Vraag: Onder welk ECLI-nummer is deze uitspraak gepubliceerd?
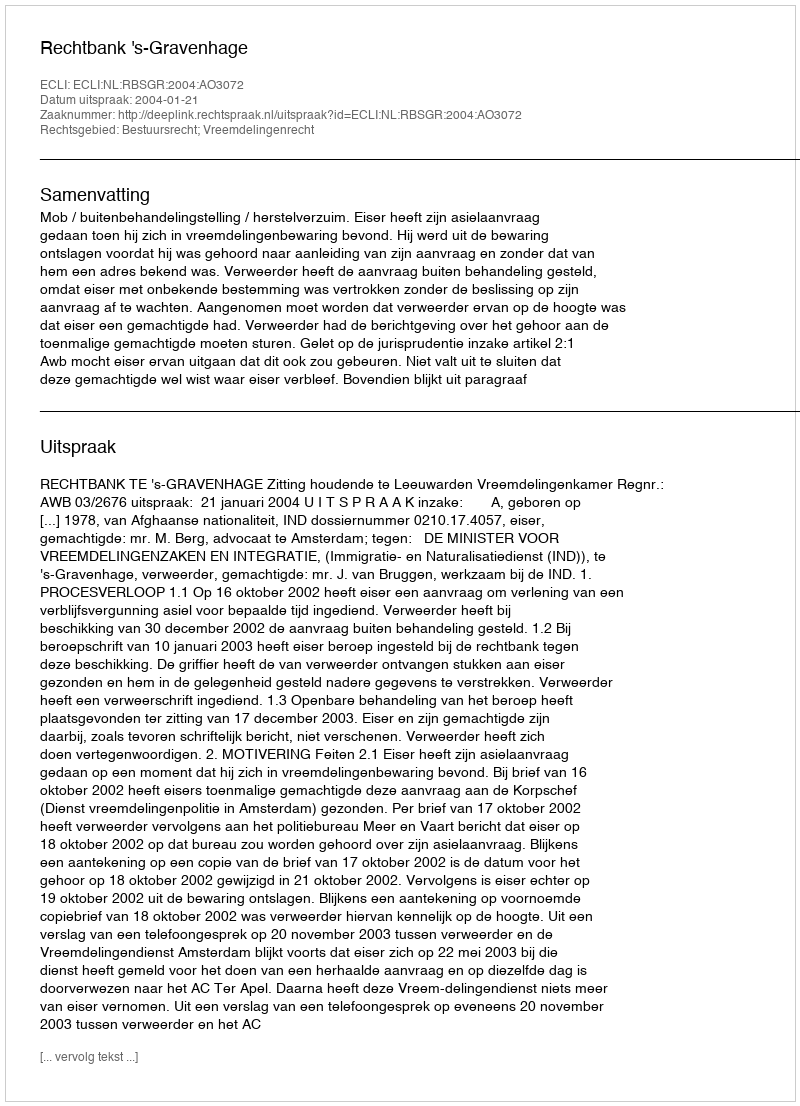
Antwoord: ECLI:NL:RBSGR:2004:AO3072